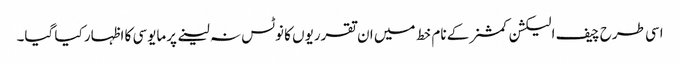
اسی طرح چیف الیکشن کمشنر کے نام خط میں ان تقرریوں کا نوٹس نہ لینے پرمایوسی کا اظہار کیا گیا۔